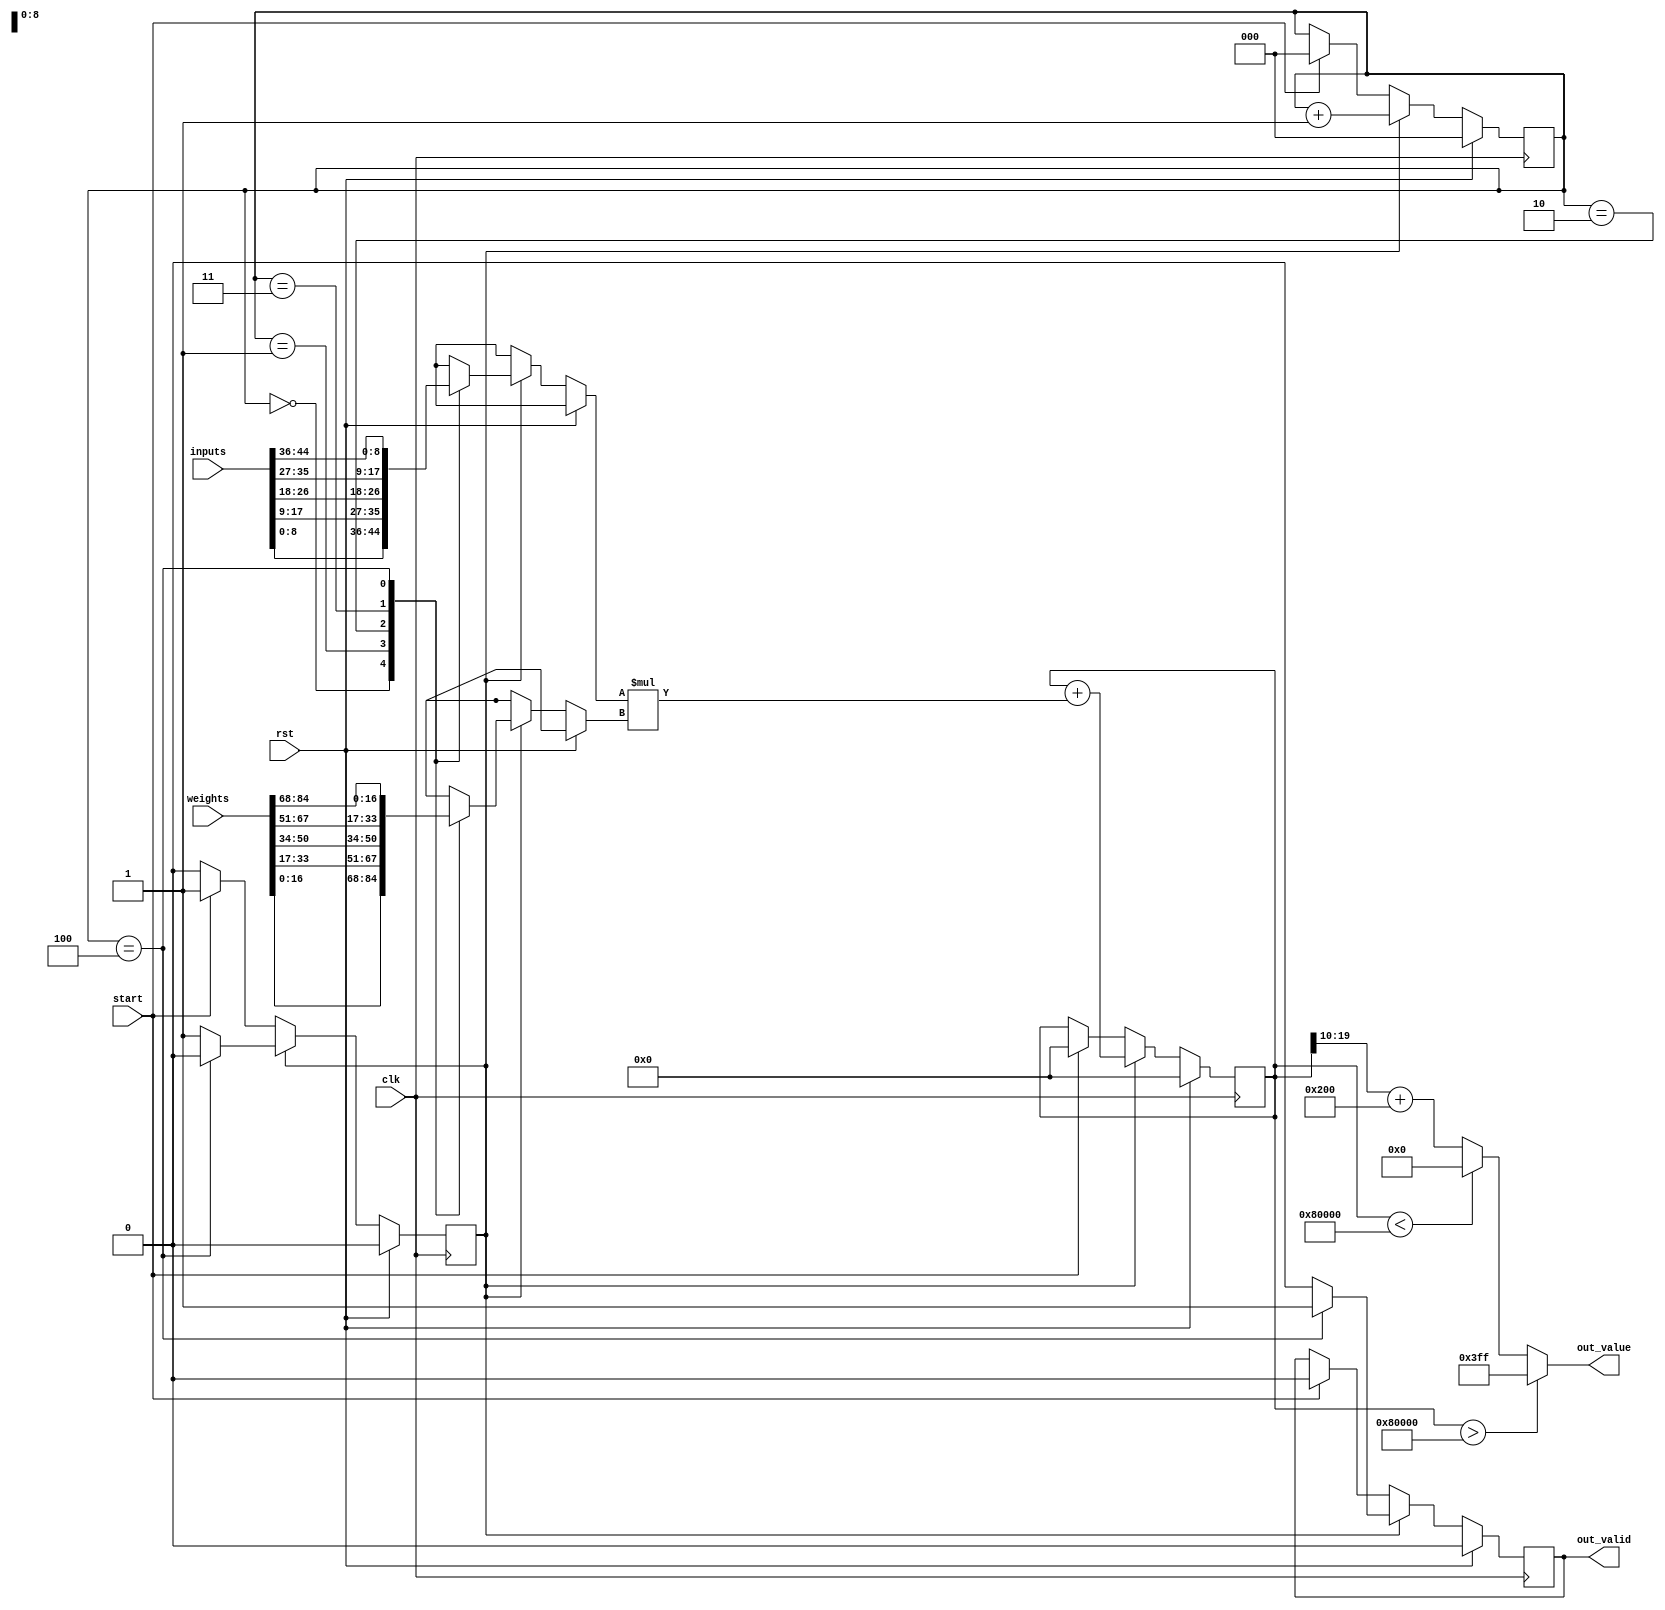
module neuron
#(
    parameter NUM_INPUTS = 5,      // number of neurons from the previous layer connected to this neuron
    parameter INPUT_SIZE = 9,      // width of the input signals
    parameter WEIGHT_SIZE = 17,    // width of the weight signals
    parameter OUTPUT_SIZE = 10,    // width of the output signal 
    parameter INPUT_FRACTION = 8,  // number of bits below the radix point in the input
    parameter WEIGHT_FRACTION = 8, // number of bits below the radix point in the weight
    // for the output of OUTPUT_SIZE, FRACTION_BITS is the number of bits below the radix point that are taken into account
    parameter FRACTION_BITS = 6 
)
(
    input clk,
    input rst,
    input start,
    input [NUM_INPUTS*INPUT_SIZE-1:0] inputs,   // inputs from neurons
    input [NUM_INPUTS*WEIGHT_SIZE-1:0] weights, // weights of connections
    output [OUTPUT_SIZE-1:0] out_value,         // address of value in LUT, from 0 to 1023
    output out_valid                            // validity of the current output
);

     //define the log2 function
    function integer log2;
        input integer num;
        integer i, result;
        begin
            for (i = 0; 2 ** i < num; i = i + 1)
                result = i + 1;
            log2 = result;
        end
    endfunction

    // rewire the large vector into a wire memory
    wire signed [WEIGHT_SIZE-1:0] weights_mem [NUM_INPUTS-1:0];
    wire signed [INPUT_SIZE-1:0]  inputs_mem  [NUM_INPUTS-1:0];
    genvar i;
    generate
    for (i=0; i<NUM_INPUTS; i=i+1) begin : MEMS
        assign weights_mem[i] = weights[WEIGHT_SIZE*i+:WEIGHT_SIZE];
        assign inputs_mem[i]  = inputs[INPUT_SIZE*i+:INPUT_SIZE];
    end
    endgenerate
    //
    
    localparam SUM_SIZE = INPUT_SIZE+WEIGHT_SIZE+log2(NUM_INPUTS);
    localparam SIGNIFICANT = WEIGHT_FRACTION + INPUT_FRACTION - FRACTION_BITS;
    localparam FUNCTION_RANGE_HIGH = 8;
    localparam FUNCTION_RANGE_LOW  = -8;

    reg signed [SUM_SIZE-1:0] sum;

    localparam IDLE = 0, RUN = 1;

    reg state;
    reg buffer_valid;

    // the next input to be processed
    reg [log2(NUM_INPUTS)-1:0] counter;

    always @ (posedge clk) begin
        if (rst) begin
            counter      <= 0;
            sum          <= 0;
            state        <= IDLE;
            buffer_valid <= 0;
        end
        else begin
            if (state == IDLE) begin
                if (start) begin
                    buffer_valid <= 0;
                    counter      <= 0;
                    sum          <= 0;
                    state        <= RUN;
                end
                else begin
                    buffer_valid <= buffer_valid;
                    counter      <= counter;
                    sum          <= sum;
                    state        <= IDLE;
                end
            end
            else if (state == RUN) begin
                if (counter == (NUM_INPUTS - 1)) begin
                    buffer_valid <= 1;
                    state   <= IDLE;
                end
                else begin
                    buffer_valid <= 0;
                    state <= RUN;
                end
                counter <= counter + 1;
                sum     <= sum + $signed(inputs_mem[counter]) * $signed(weights_mem[counter]);
            end
        end
    end

    // output signals
    assign out_valid = buffer_valid;

    // if the sum is larger than 8 or smaller than -8,  set address manually to 255/0
    assign out_value = (sum > (FUNCTION_RANGE_HIGH <<< (WEIGHT_FRACTION + INPUT_FRACTION))) ? {OUTPUT_SIZE{1'b1}} 
                     : (sum < (FUNCTION_RANGE_LOW  <<< (WEIGHT_FRACTION + INPUT_FRACTION))) ? 0
                     : ((sum >>> SIGNIFICANT) + (1 << (OUTPUT_SIZE - 1)));

endmodule